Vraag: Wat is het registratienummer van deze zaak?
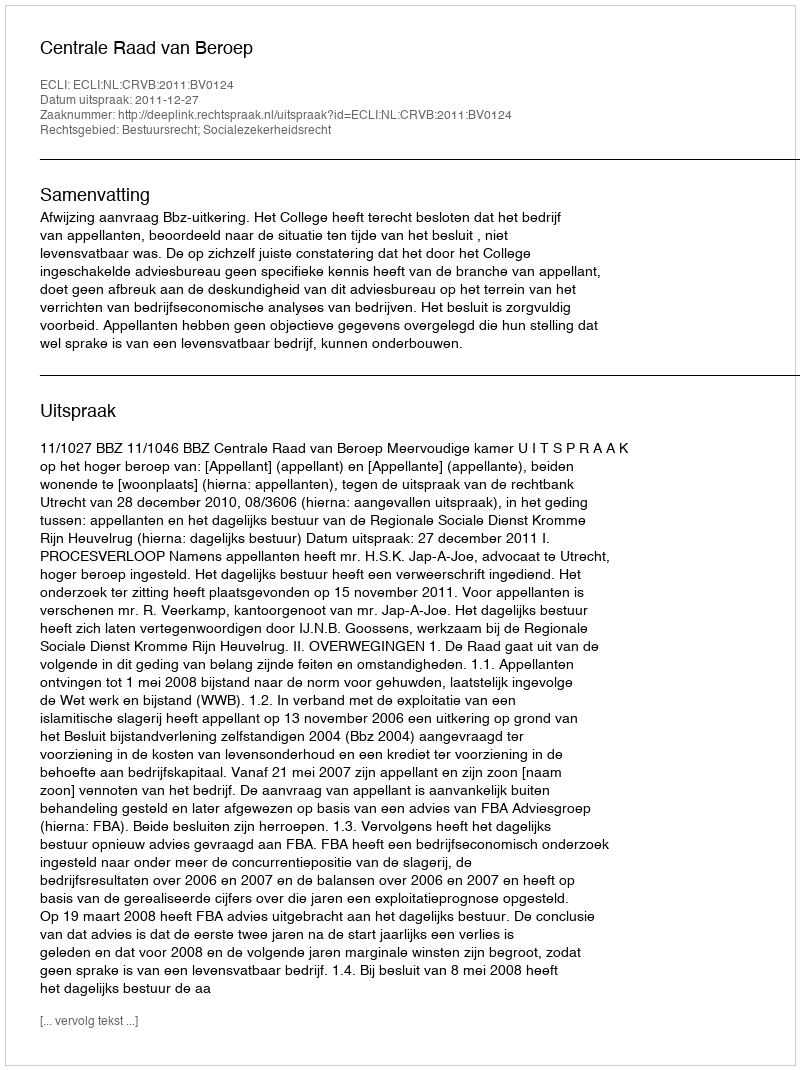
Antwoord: http://deeplink.rechtspraak.nl/uitspraak?id=ECLI:NL:CRVB:2011:BV0124